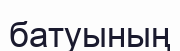
батуының